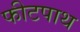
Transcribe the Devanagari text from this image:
फीटपाथ